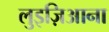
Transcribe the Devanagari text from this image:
लुइज़िआना